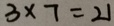
3 \times 7 = 2 1